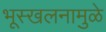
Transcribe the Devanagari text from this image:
भूस्खलनामुळे